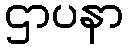
ဌာပနာ